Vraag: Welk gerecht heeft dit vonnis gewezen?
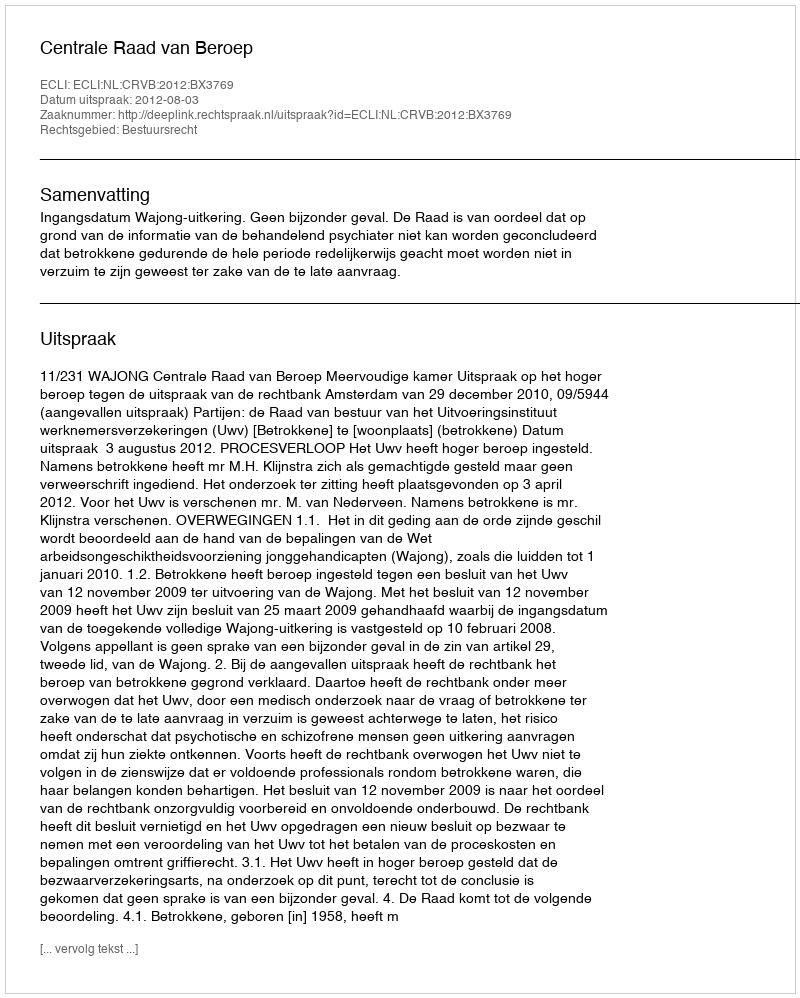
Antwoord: Centrale Raad van Beroep